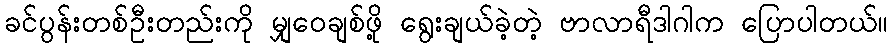
ခင်ပွန်းတစ်ဦးတည်းကို မျှဝေချစ်ဖို့ ရွေးချယ်ခဲ့တဲ့ ဗာလာရီဒါဂါက ပြောပါတယ်။